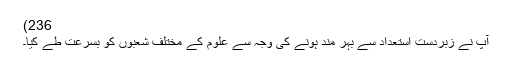
236)
آپ نے زبردست استعداد سے بہر مند ہونے کی وجہ سے علوم کے مختلف شعبوں کو بسرعت طے کیا۔